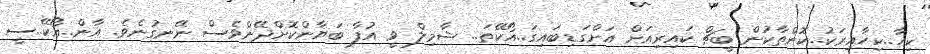
ކިހާ..ކިހާއިރަކު..ކޮންތާކުން ބީޗް ކައިރިއަށް އަށްގަޑިބައިގަ..އޯކޭތަ.. ޝާމިލް ވީ އުފާ ބަޔާންކޮށްދޭންވެސް ނޭނގުނެވެ. އާން..އޯކޭ..ސީ